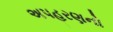
અપહરણનો